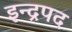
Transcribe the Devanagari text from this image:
इन्द्रपद